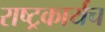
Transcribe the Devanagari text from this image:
राष्ट्रकार्यच